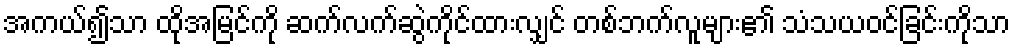
အကယ်၍သာ ထိုအမြင်ကို ဆက်လက်ဆွဲကိုင်ထားလျှင် တစ်ဘက်လူများ၏ သံသယဝင်ခြင်းကိုသာ